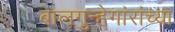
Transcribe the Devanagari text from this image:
बालगुन्हेगांरांच्या